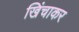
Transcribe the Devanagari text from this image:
खिंचाकर